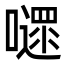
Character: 嚃